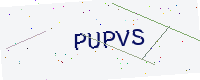
Text: PUPVS